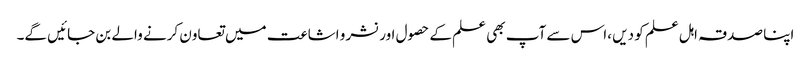
اپنا صدقہ اہل علم کو دیں ،اس سے آپ بھی علم کے حصول اور نشر و اشاعت میں تعاون کرنے والے بن جائیں گے۔